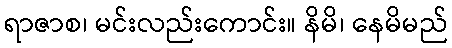
ရာဇာစ၊ မင်းလည်းကောင်း။ နိမိ၊ နေမိမည်